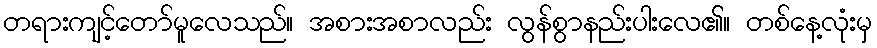
တရားကျင့်တော်မူလေသည်။ အစားအစာလည်း လွန်စွာနည်းပါးလေ၏။ တစ်နေ့လုံးမှ